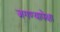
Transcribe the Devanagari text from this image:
जगण्यापेक्षा